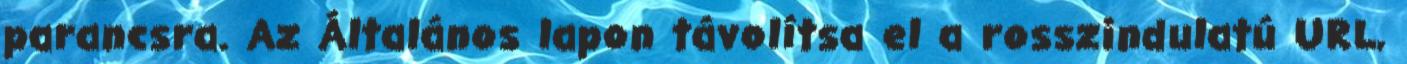
parancsra. Az Általános lapon távolítsa el a rosszindulatú URL,